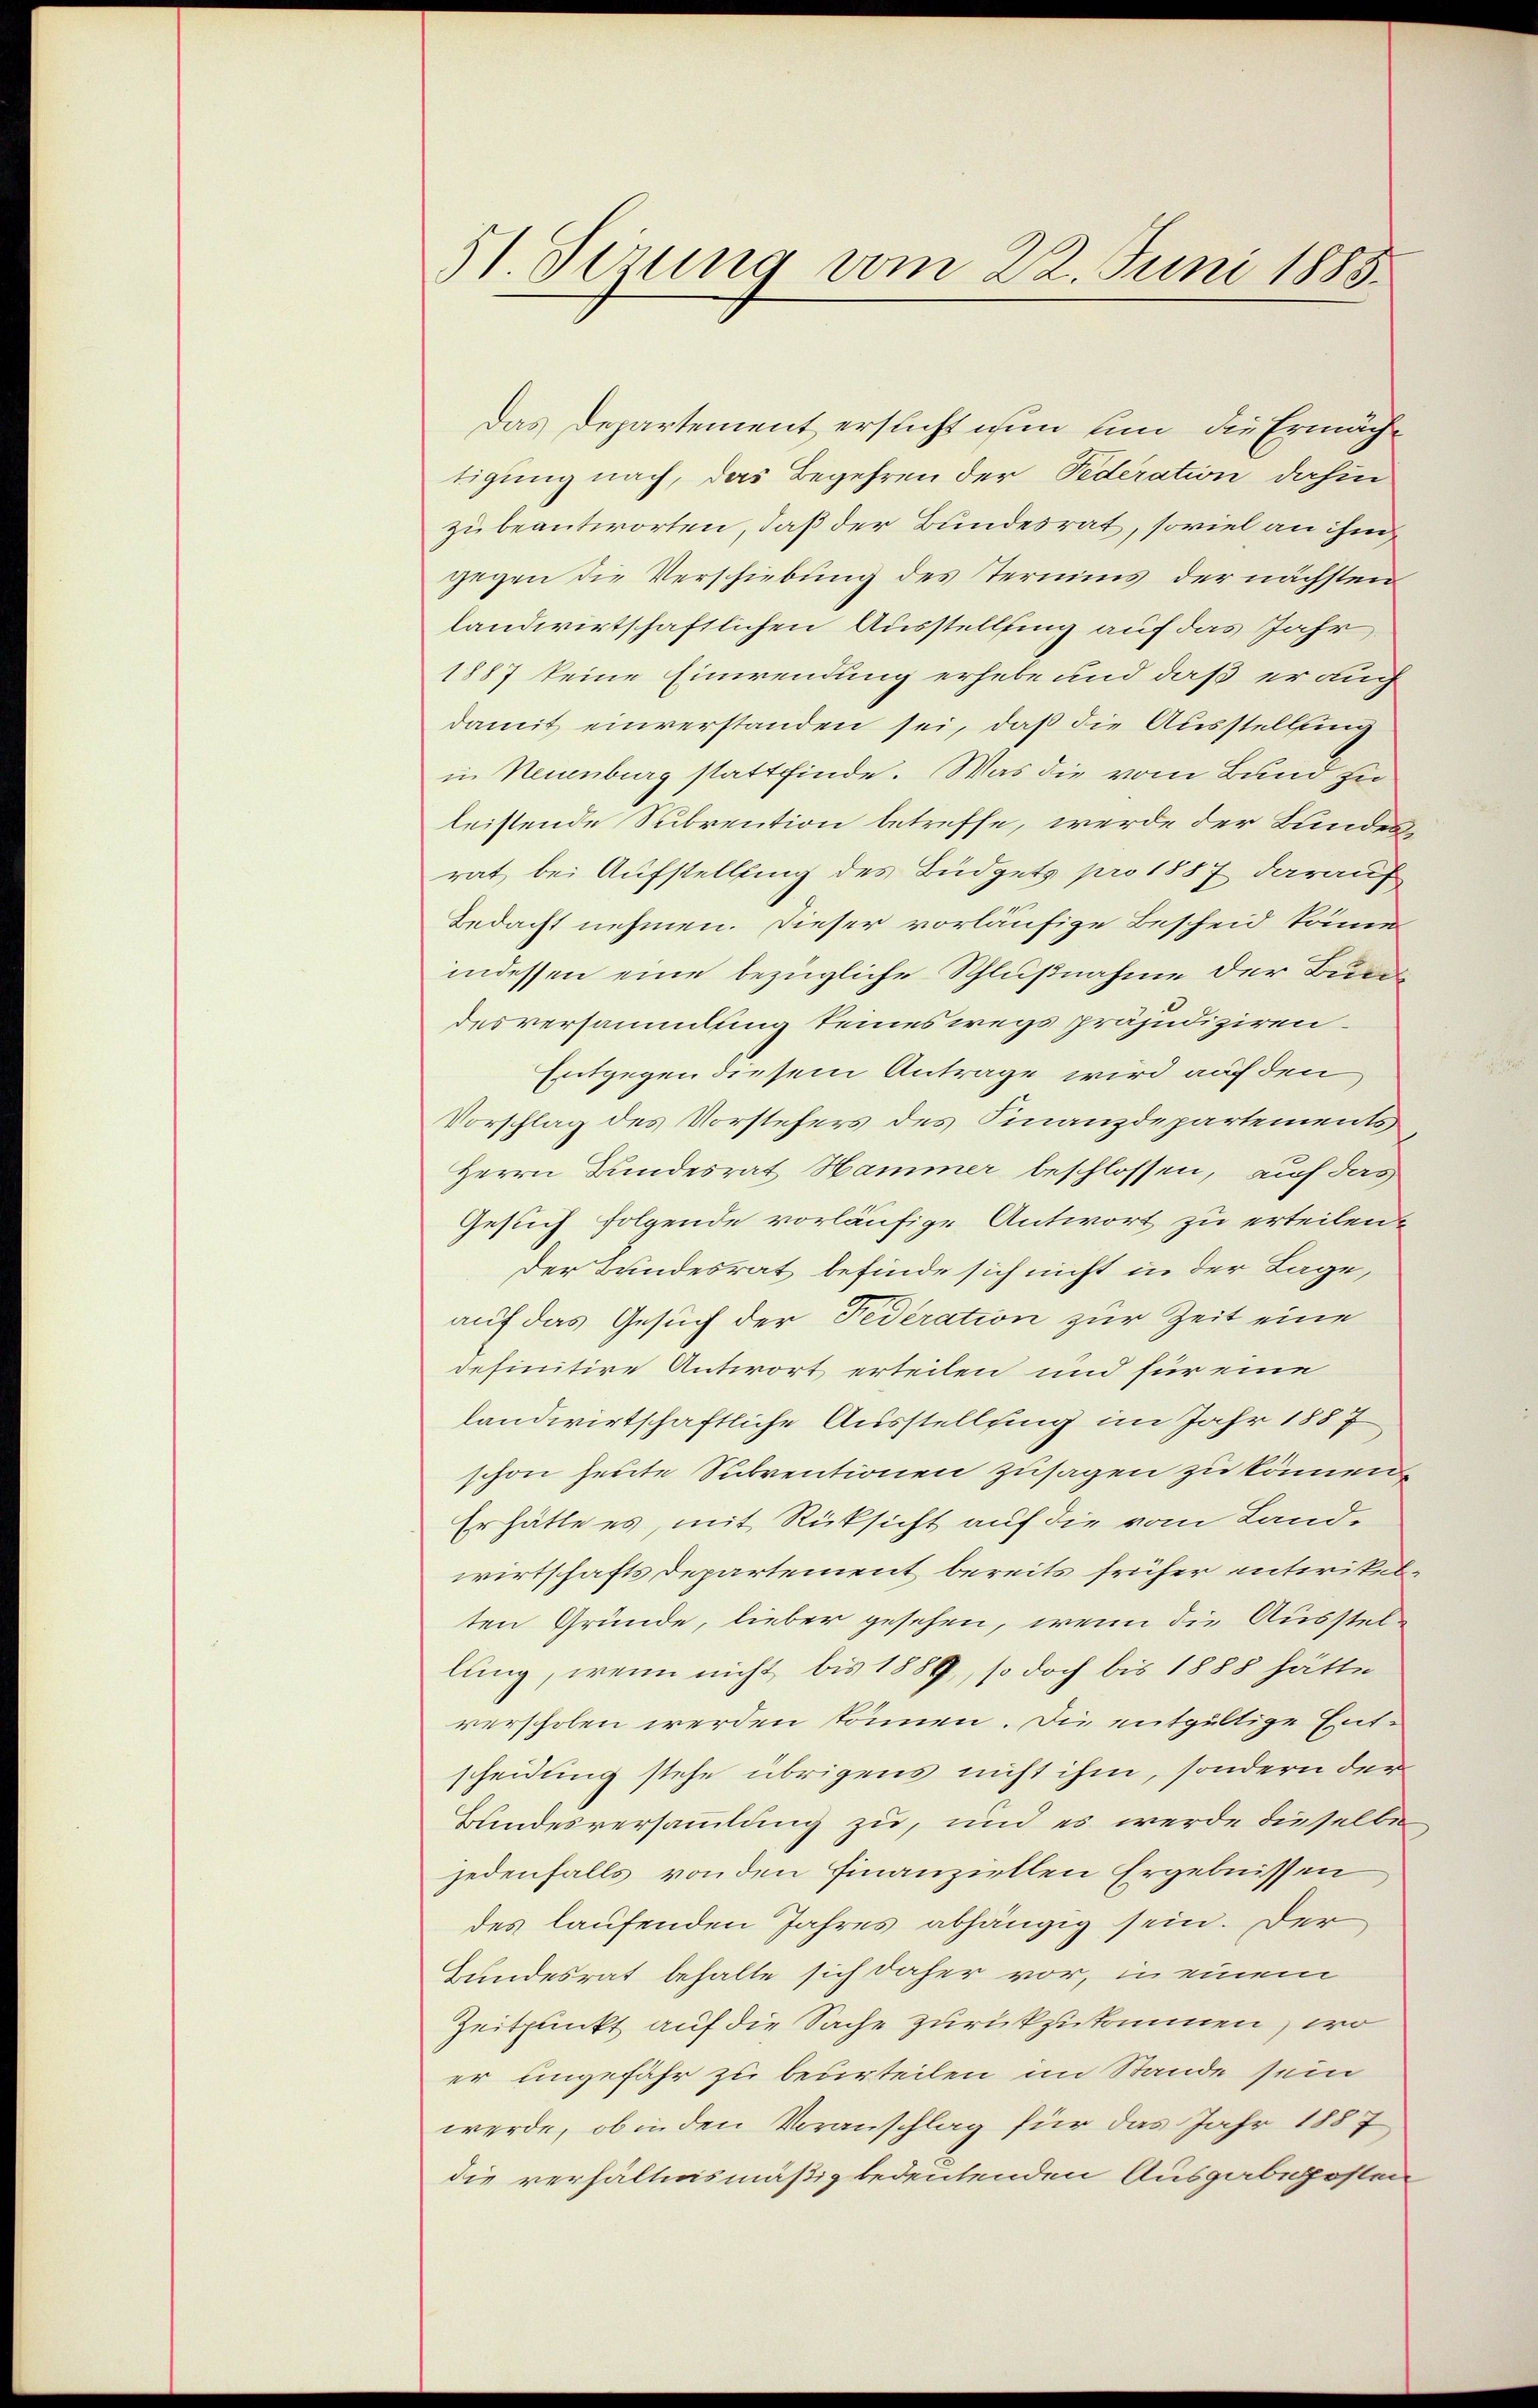
51. Sizung vom 22. Juni 1888.

Das Departement ersticht nun um die Ermäche
tigung nach, das Begehren der Federation dahin
zu beantworten, daß der Bundesrat, soviel an ihm
gegen die Verschiebung des Stermins der nächsten
landwirtschaftlichen Ausstellung auf das Jahr
1887 keine Einwendung erhebe und daß er auch
damit einverstanden sei, daß die Ausstellung
in Neuenburg stattfinde. Was die vom Bund zu
leistende Subrention betreffe, werde der Bundes,
rat bei Aufstellung des Büdgets pro 1887 darauf
Bedacht nehmen. Dieser vorläufige Bescheid könne
indessen eine bezügliche Schlußnahme der Bunde
desversammlung seineswegs präjudiziren.
Entgegen diesem Antrage wird auf den
Vorschlag des Vorstehers des Finanzdepartements
Herrn Bundesrat Hammer beschlossen, auf das
Gesuch folgende vorläufige Antwort zu erteilen
der Bundesrat befinde sich nicht in der Lage,
auf das Gesuch der Federation zur Zeit eine
definitive Antwort erteilen und für eine
landwirtschaftliche Ausstellung im Jahr 1887
schon heute Subventionen zusagen zu können.
Erhätte es, mit Rücksicht auf die vom Land-
wirtschafts Departement bereits früher entwikelten Gründe, lieber gesehen, wenn die Ausstellung, wenn nicht bis 1889, so doch bis 1888 hätte
verscholen werden können. Die entgültige Entscheidung stehe übrigens nicht ihm, sondern der
Bundesversammlung zu, und es werde dieselbe
jedenfalls von den Finanziellen Ergebnissen
des laufenden Jahres abhängig sein. Der
Bundesrat behalte sich daher vor, in einem
Zeitpunkt auf die Sache zurückzukommen, wo
er ungefähr zu beurteilen im Stande sein
werde, ob in den Voranschlag für das Jahr 1887
die verhältnismäßig bedeutenden Ausgabeposten